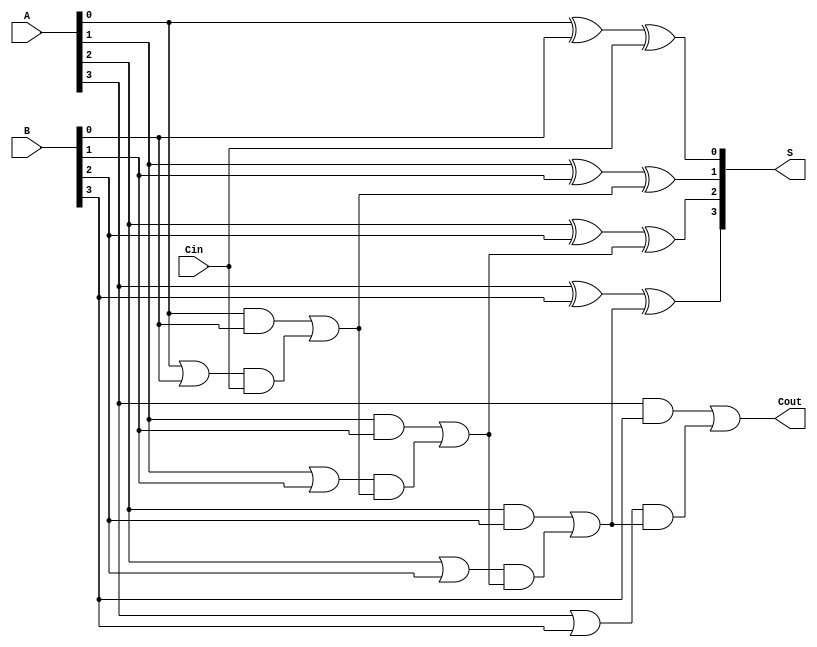
module CarryLookaheadAdder (
    input  [3:0] A,      // 4-bit input A
    input  [3:0] B,      // 4-bit input B
    input        Cin,     // Carry input
    output [3:0] S,      // 4-bit sum output
    output       Cout     // Carry output
);

    // Generate and Propagate signals
    wire [3:0] G; // Generate signals
    wire [3:0] P; // Propagate signals
    wire [3:0] C; // Carry signals

    // Generate and Propagate calculations
    assign G[0] = A[0] & B[0];
    assign P[0] = A[0] | B[0];
    
    assign G[1] = A[1] & B[1];
    assign P[1] = A[1] | B[1];
    
    assign G[2] = A[2] & B[2];
    assign P[2] = A[2] | B[2];
    
    assign G[3] = A[3] & B[3];
    assign P[3] = A[3] | B[3];

    // Carry calculations
    assign C[0] = G[0] | (P[0] & Cin);
    assign C[1] = G[1] | (P[1] & C[0]);
    assign C[2] = G[2] | (P[2] & C[1]);
    assign C[3] = G[3] | (P[3] & C[2]);
    
    // Carry output
    assign Cout = C[3];

    // Sum calculations
    assign S[0] = A[0] ^ B[0] ^ Cin;
    assign S[1] = A[1] ^ B[1] ^ C[0];
    assign S[2] = A[2] ^ B[2] ^ C[1];
    assign S[3] = A[3] ^ B[3] ^ C[2];

endmodule